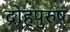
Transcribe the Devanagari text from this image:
द्रोहपुरुष